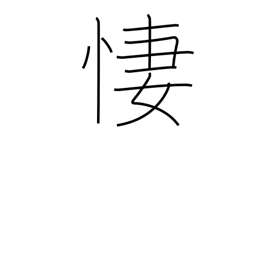
Meaning: be sorrowful